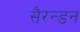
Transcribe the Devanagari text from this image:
सैरन्डन